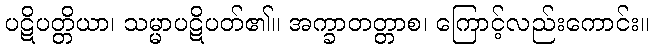
ပဋိပတ္တိယာ၊ သမ္မာပဋိပတ်၏။ အက္ခာတတ္တာစ၊ ကြောင့်လည်းကောင်း။